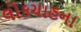
લોકચાહના